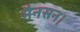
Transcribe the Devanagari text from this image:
मैनसन।